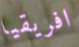
افريقيا